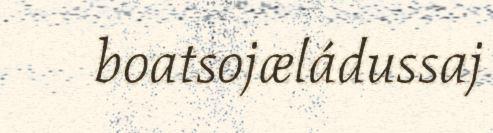
boatsojæládussaj